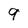
Character: 9